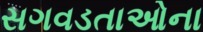
સગવડતાઓના